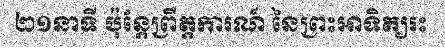
២១នាទី ប៉ុន្តែព្រឹត្តការណ៍ នៃព្រះអាទិត្យរះ